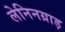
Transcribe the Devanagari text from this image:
लेनिनग्राड़